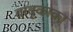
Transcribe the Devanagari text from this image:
बाबूकाका